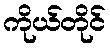
ကိုယ်တိုင်